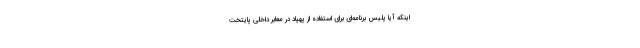
اینکه آیا پلیس برنامه‌ای برای استفاده از پهپاد در معابر داخلی پایتخت